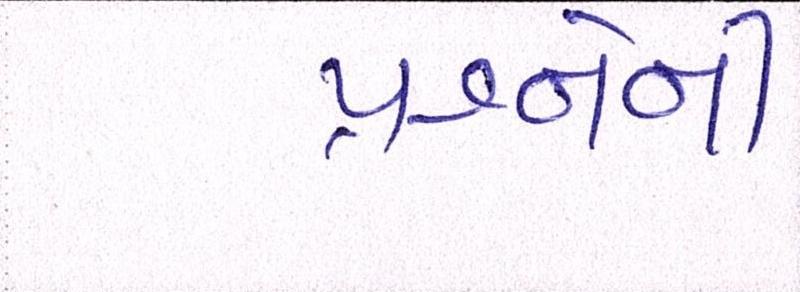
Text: પ્રશ્નોની